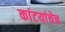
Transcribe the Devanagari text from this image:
कांटयांचेच